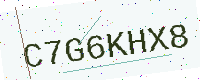
Text: C7G6KHX8